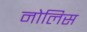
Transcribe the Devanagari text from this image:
नोलिस